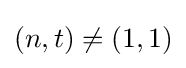
(n,t)\neq (1,1)